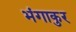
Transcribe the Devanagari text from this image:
भंगाकुर